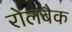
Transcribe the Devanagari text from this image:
रोलबैक